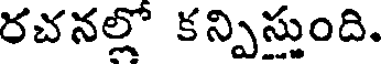
రచనల్లో కన్పిస్తుంది.